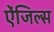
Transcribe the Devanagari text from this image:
ऐंजिल्‍स